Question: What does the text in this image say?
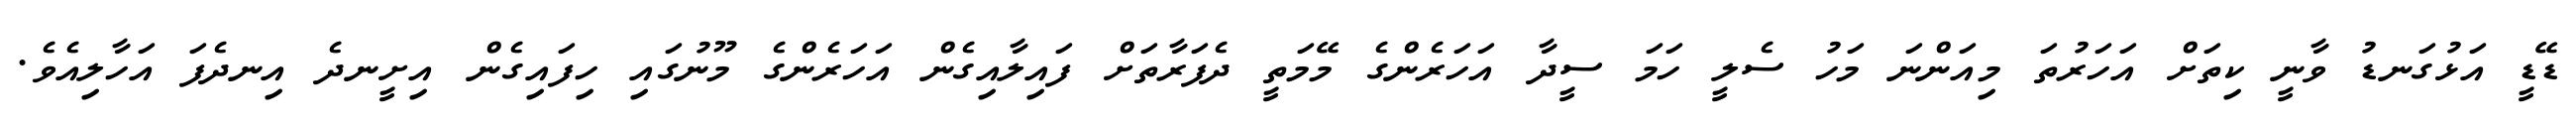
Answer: ޑޭޑީ އަޅުގަނޑު ވާނީ ކިތަށް އަހަރުތަ މިއަންނަ މަހު ސެލީ ހަމަ ސީދާ އަހަރެންގެ މޭމަތީ ދެފަރާތަށް ފައިލާއިގެން އަހަރެންގެ މޫނުގައި ހިފައިގެން އިށީނދެ އިނދެފަ އަހާލިއެވެ.